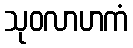
သုဝလာဟကံ